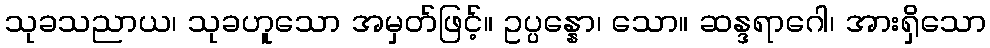
သုခသညာယ၊ သုခဟူသော အမှတ်ဖြင့်။ ဥပ္ပန္နော၊ သော။ ဆန္ဒရာဂေါ၊ အားရှိသော